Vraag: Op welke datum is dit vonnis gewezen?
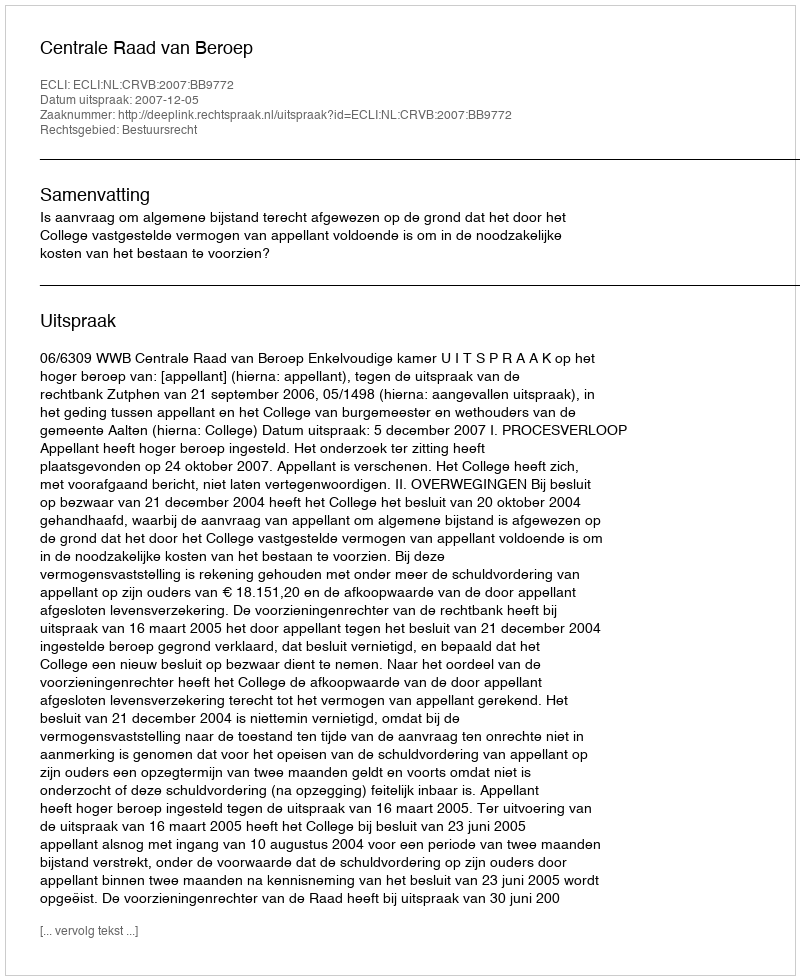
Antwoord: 2007-12-05